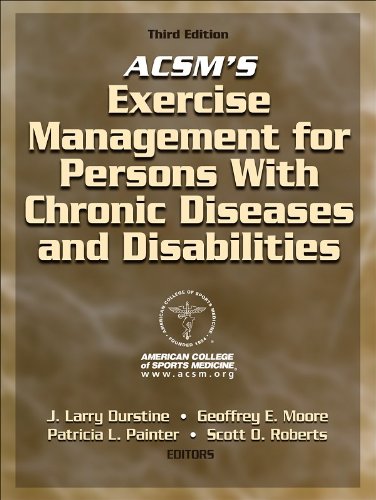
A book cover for ACSM's Exercise Management for Persons with Chronic Diseases and Disabilities-3rd Edition; American College of Sports Medicine; Medical Books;